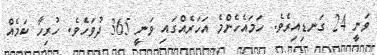
ވަނީ 24 ގަނޑިއިރެވެ. ހަމައެހެންމެ އަހަރެއްގައި ވަނީ 365 ދުވަހެވެ. ހުރިހާ ކަމެއް